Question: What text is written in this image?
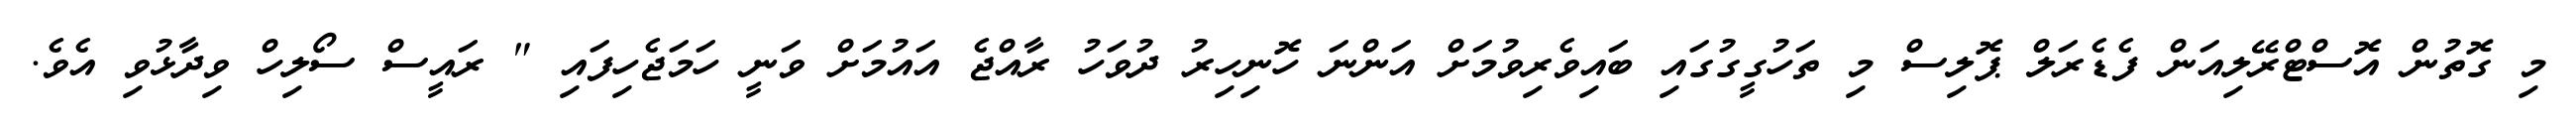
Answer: މި ގޮތުން އޮސްޓްރޭލިއަން ފެޑެރަލް ޕޮލިސް މި ތަހުގީގުގައި ބައިވެރިވުމަށް އަންނަ ހޮނިހިރު ދުވަހު ރާއްޖެ އައުމަށް ވަނީ ހަމަޖެހިފައި " ރައީސް ސޯލިހް ވިދާޅުވި އެވެ.